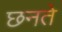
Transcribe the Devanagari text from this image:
छनते